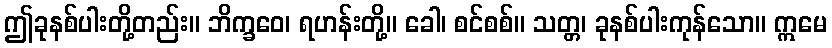
ဤခုနစ်ပါးတို့တည်း။ ဘိက္ခဝေ၊ ရဟန်းတို့။ ခေါ၊ စင်စစ်။ သတ္တ၊ ခုနစ်ပါးကုန်သော။ ဣမေ